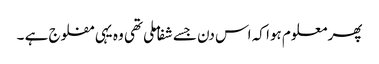
پھر معلوم ہوا کہ اس دن جسے شفا ملی تھی وہ یہی مفلوج ہے ۔